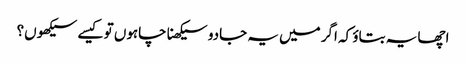
اچھا یہ بتاؤ کہ اگر میں یہ جادو سیکھنا چاہوں تو کیسے سیکھوں؟